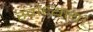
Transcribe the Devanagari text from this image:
स्वाध्याय।